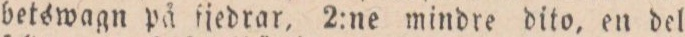
betswagn på ſjedrar, 2:ne mindre dito, en del